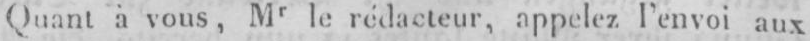
Quant à vous,Mr le rédacteur, appelez l’envoi aux